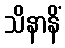
သိနာနိံ